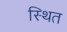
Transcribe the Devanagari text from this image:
स्थित